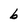
Character: b